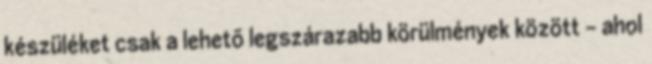
készüléket csak a lehetõ legszárazabb körülmények között - ahol